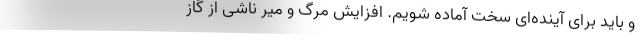
و باید برای آینده‌ای سخت آماده شویم. افزایش مرگ و میر ناشی از گاز